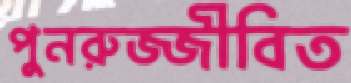
পুনরুজ্জীবিত